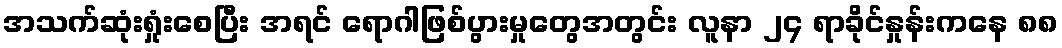
အသက်ဆုံးရှုံးစေပြီး အရင် ရောဂါဖြစ်ပွားမှုတွေအတွင်း လူနာ ၂၄ ရာခိုင်နှုန်းကနေ ၈၈